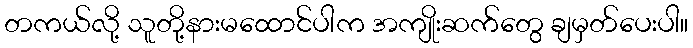
တကယ်လို့ သူတို့နားမထောင်ပါက အကျိုးဆက်တွေ ချမှတ်ပေးပါ။